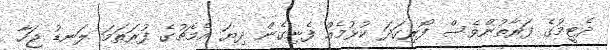
ދެޓީމުގެ ފަރާތުންވެސް ފޯރިގަދަ ކުޅުމެއް ފެނިގެން ދިޔަ އެމެޗުގެ ފުރަތަމަ ލަނޑު ޖަހާ